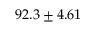
9 2 . 3 \pm 4 . 6 1